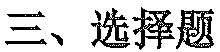
三、选择题